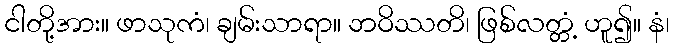
ငါတို့အား။ ဖာသုကံ၊ ချမ်းသာရာ။ ဘဝိဿတိ၊ ဖြစ်လတ္တံ့ ဟူ၍။ နံ၊